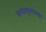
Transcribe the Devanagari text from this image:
समाजपुरुषाच्या